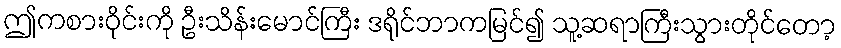
ဤကစားဝိုင်းကို ဦးသိန်းမောင်ကြီး ဒရိုင်ဘာကမြင်၍ သူ့ဆရာကြီးသွားတိုင်တော့